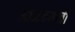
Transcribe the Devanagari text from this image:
आनंदयात्री